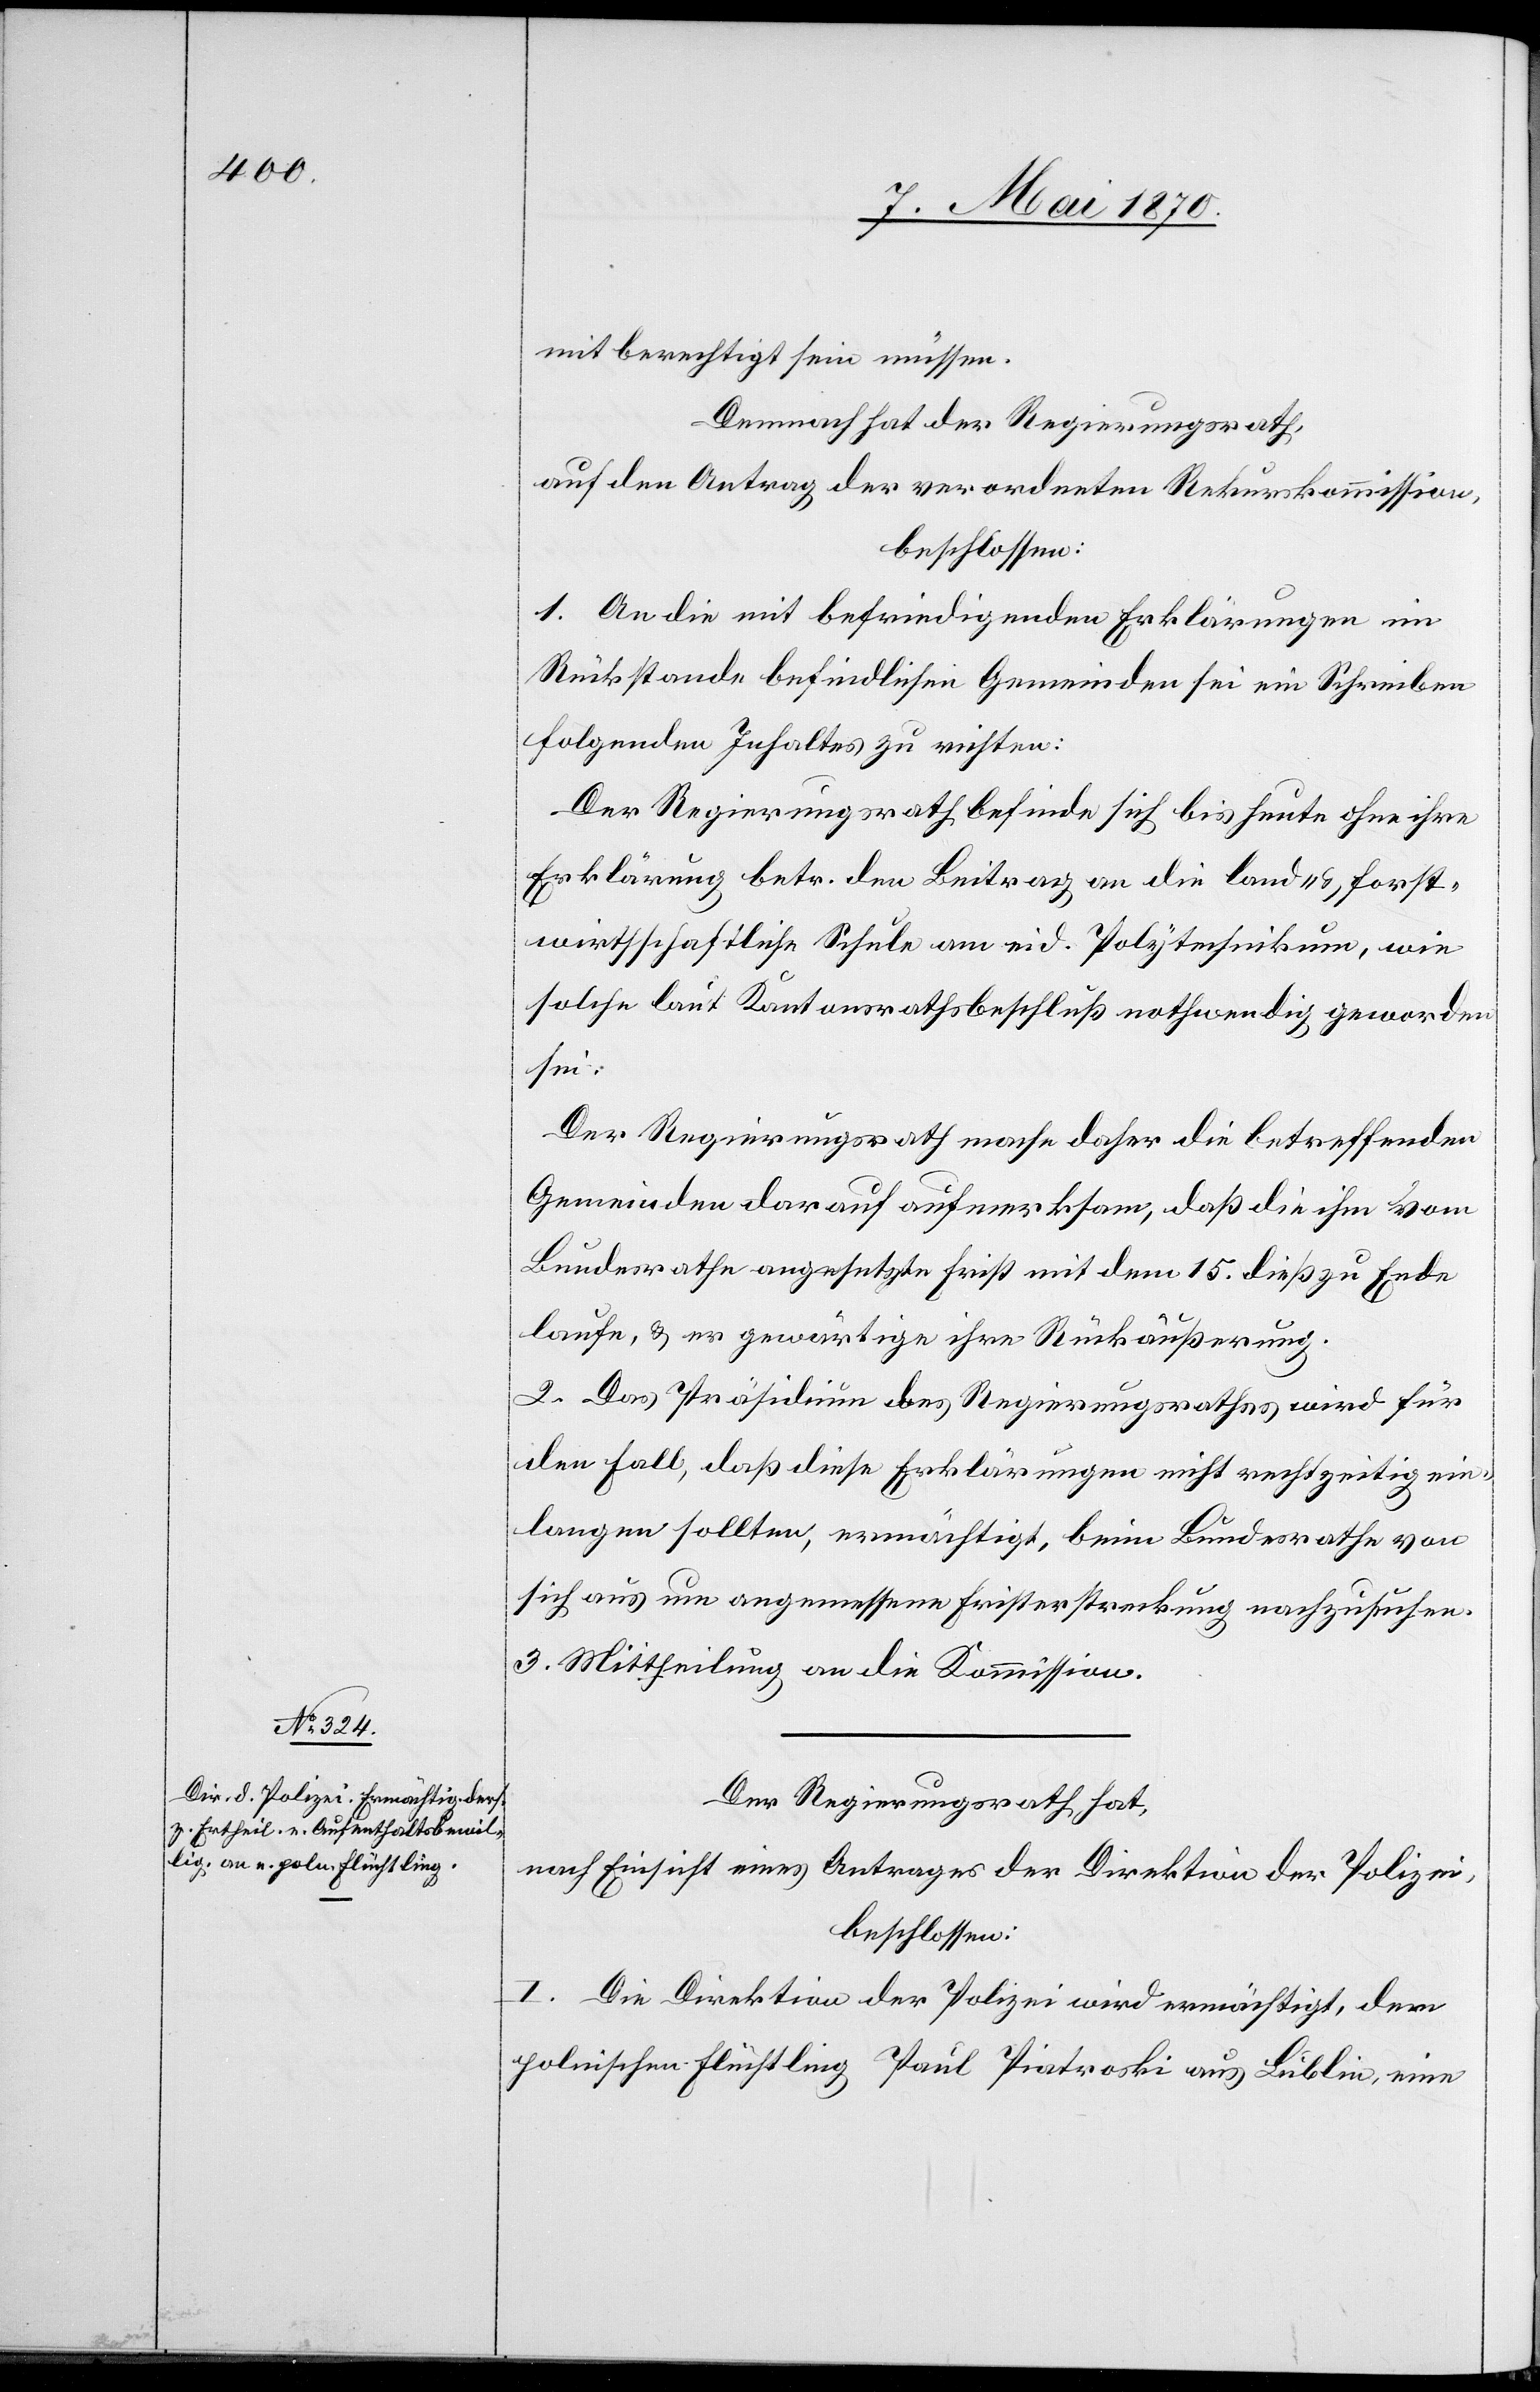
mit berechtigt sein müssen.
Demnach hat der Regierungsrath,
auf den Antrag der verordneten Rekurskommission,
beschlossen:
1. An die mit befriedigenden Erklärungen im
Rückstande befindlichen Gemeinden sei ein Schreiben
folgenden Inhaltes zu richten:
Der Regierungsrath befinde sich bis heute ohne ihre
Erklärung betr. den Beitrag an die land- & forst¬
wirthschaftliche Schule am eid. Polytechnikum, wie
solche laut Kantonsrathsbeschluß nothwendig geworden
sei:
Der Regierungsrath mache daher die betreffenden
Gemeinden darauf aufmerksam, daß die ihm vom
Bundesrathe angesetzte Frist mit dem 15. dieß zu Ende
laufe, & er gewärtige ihre Rückäußerung.
2. Das Präsidium des Regierungsrathes wird für
den Fall, daß diese Erklärungen nicht rechtzeitig ein¬
lagen sollten, ermächtigt, beim Bundesrathe von
sich aus um angemessene Fristerstreckung nachzusuchen.
3. Mittheilung an die Kommission.
Der Regierungsrath hat,
nach Einsicht eines Antrages der Direktion der Polizei,
beschlossen:
I. Die Direktion der Polizei wird ermächtigt, dem
polnischen Flüchtling Paul Piatroski aus Lublin, einen